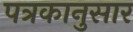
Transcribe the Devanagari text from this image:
पत्रकानुसार